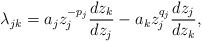
\begin{align*}\lambda_{jk} = a_jz_j^{-p_j}\frac{dz_k}{dz_j} - a_kz_j^{q_j}\frac{dz_j}{dz_k},\end{align*}